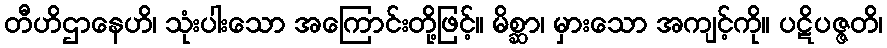
တီဟိဌာနေဟိ၊ သုံးပါးသော အကြောင်းတို့ဖြင့်။ မိစ္ဆာ၊ မှားသော အကျင့်ကို။ ပဋိပဇ္ဇတိ၊